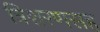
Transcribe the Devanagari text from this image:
त्रिशरणसह